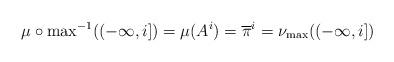
LaTeX: \begin{align*}\mu\circ{\max}^{-1}((-\infty,i]) = \mu(A^i) = \overline{\pi}^i = \nu_{\max}((-\infty,i])\end{align*}